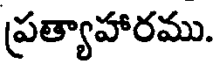
ప్రత్యాహారము.